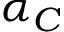
\alpha _ { C }